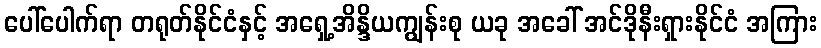
ပေါ်ပေါက်ရာ တရုတ်နိုင်ငံနှင့် အရှေ့အိန္ဒိယကျွန်းစု ယခု အခေါ် အင်ဒိုနီးရှားနိုင်ငံ အကြား